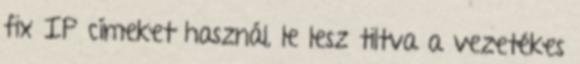
fix IP címeket használ, le lesz tiltva a vezetékes